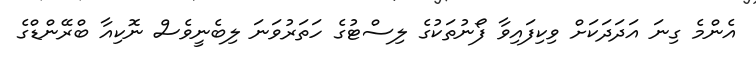
އެންމެ ގިނަ އަދަދަކަށް ވިކިފައިވާ ފޯނުތަކުގެ ލިސްޓުގެ ހަތަރުވަނަ ލިބެނީވެސް ނޮކިއާ ބްރޭންޑްގެ